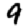
Digit: 9